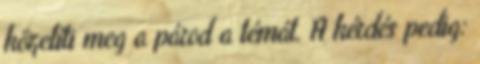
közelíti meg a párod a témát. A kérdés pedig: